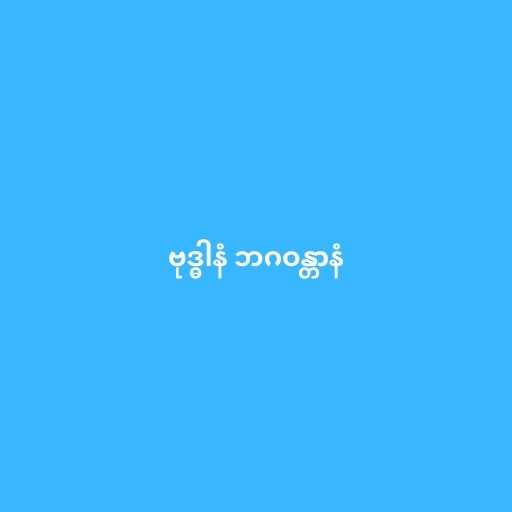
ဗုဒ္ဓါနံ ဘဂဝန္တာနံ